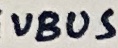
Text: VBUS